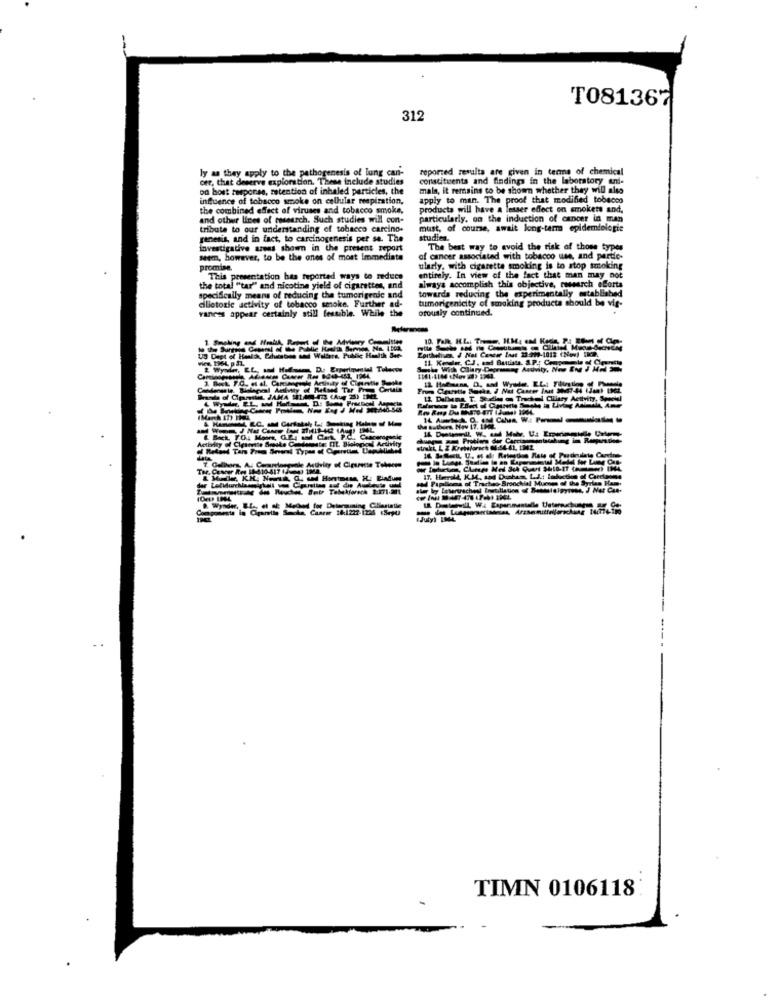
T081367
312
ly as they apply to the pathogenesis of lung can-
reported results are given in terms of chemical
cer, that deserve exploration. These include studies
constituents and findings in the laboratory ani-
on bost response, retention of inhaled particles, the
mala, it remains to be shown whether they will also
influence of tobacco smoke on cellular respiration,
apply to man. The proof that modified tobacco
the combined effect of viruses and tobacco smoke,
products will have a lesser effect on smokete and.
and other lines of research. Such studies will con-
particularly. on the induction of cancer in man
tribute to our understanding of tobacco carcino-
must, of course, await long-term epidemiologie
genesis, and in fact, to carcinogenesis per se. The
studien.
investigative areas shown in the present report
The best way to avoid the risk of those types
seem, however, to be the ones of most Immediate
of cancer associated with tobacco use, and partic-
promise.
ularly, with cigarette smoking is to stop smoking
This presentation has reported ways to reduce
entirely. In view of the fact that man may not
the total "tar" and nicotine yield of cigarettes, and
always accomplish this objective, research eCorta
towards reducing the experimentally established
specifically means of reducing the tumorigenic and
cilictoxic activity of tobacco smoke. Further ad-
tumorigenicity of smoking products should be vis-
vaness appear certainly still feasible. While the
orously continued.
US Dept of Health, Glucose and Willera, Public Health See
From Clearetle Suska & Nat Caster Int 3057-44 (Jent theL.
12. Dalena T. Studies on Trackel Cliisty Activity, Spookl
Activity of Ciesente Smoke Candomates EIL. Biological Activity
strakt, L Z Krewforach (4:54-61, 1342
adeulate Carton-
od Papilloma of Tracheo Bronchial Mueses of the Syrian Ham.
17. Herald, K.M. and Duphas, L.J .: ladiction of Carcinome
D. Wyoder, E.f ., et al Mediod for Determining Ciliesialle
IJuly) IM44
TIMN 0106118